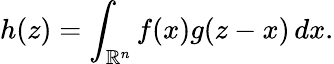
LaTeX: h(z)=\int_{\mathbb{R}^{n}}f(x)g(z-x)\, dx.